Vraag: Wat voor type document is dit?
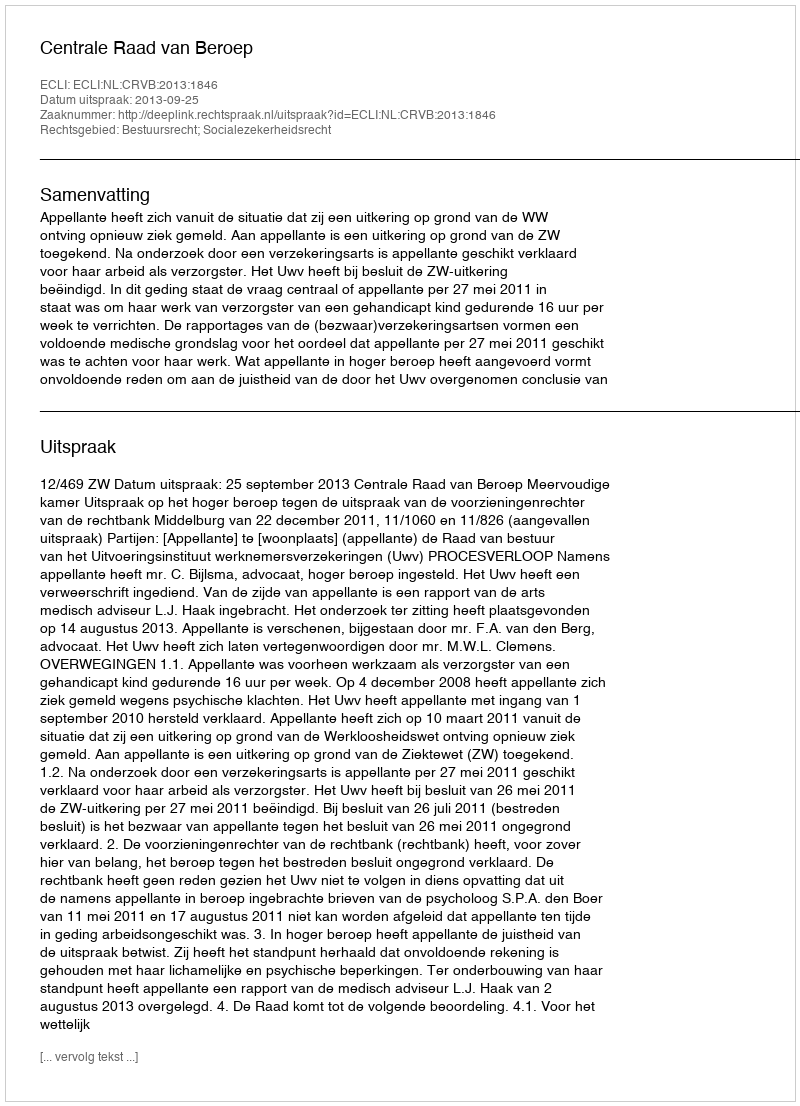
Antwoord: Uitspraak